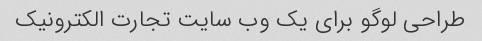
طراحی لوگو برای یک وب سایت تجارت الکترونیک